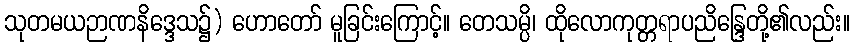
သုတမယဉာဏနိဒ္ဒေသ၌) ဟောတော် မူခြင်းကြောင့်။ တေသမ္ပိ၊ ထိုလောကုတ္တရာပညိန္ဒြေတို့၏လည်း။